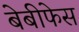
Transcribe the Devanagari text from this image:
बेबीफेस